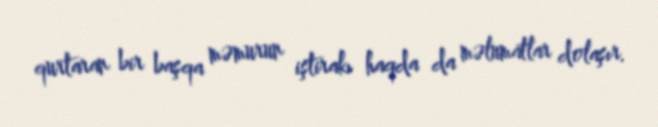
qurtaran bir başqa məmurun iştirakı haqda da məlumatlar dolaşır.